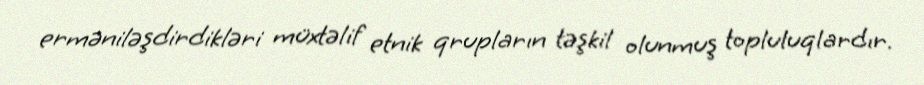
erməniləşdirdikləri müxtəlif etnik qrupların təşkil olunmuş topluluqlardır.